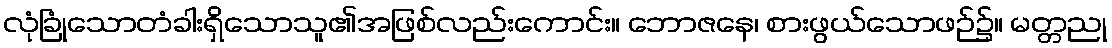
လုံခြုံသောတံခါးရှိသောသူ၏အဖြစ်လည်းကောင်း။ ဘောဇနေ၊ စားဖွယ်သောဖဉ်၌။ မတ္တညု